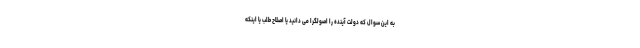
به این سوال که دولت آینده را اصولگرا می دانید یا اصلاح طلب یا اینکه